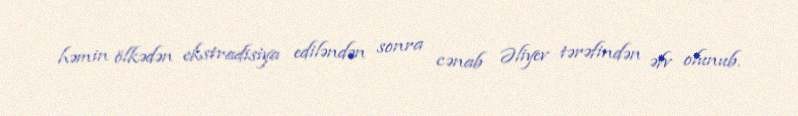
həmin ölkədən ekstradisiya ediləndən sonra cənab Əliyev tərəfindən əfv olunub.